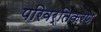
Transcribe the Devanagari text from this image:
परिवर्तिकरण